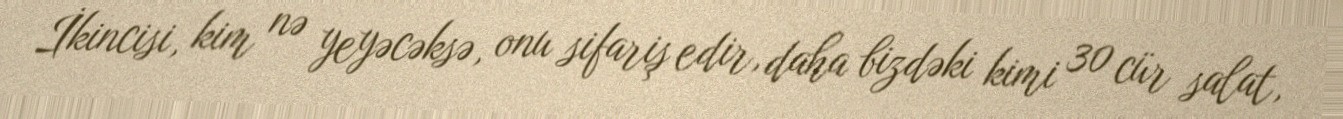
İkincisi, kim nə yeyəcəksə, onu sifariş edir, daha bizdəki kimi 30 cür salat,